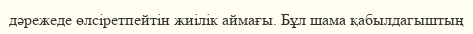
дәрежеде өлсіретпейтін жиілік аймағы. Бұл шама қабылдагыштың